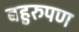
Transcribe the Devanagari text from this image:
बहुरुपण